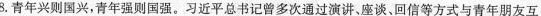
8.青年兴则国兴，青年强则国强。习近平总书记曾多次通过演i 廾、座谈、回信等方式与青年朋友互